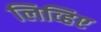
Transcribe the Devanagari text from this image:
लिव्हिए